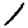
Digit: 1